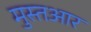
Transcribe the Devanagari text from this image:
मुस्तआर